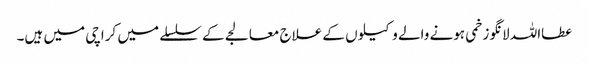
عطااللہ لانگو زخمی ہونے والے وکیلوں کے علاج معالجے کے سلسلے میں کراچی میں ہیں۔